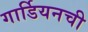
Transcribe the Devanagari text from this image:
गार्डियनची